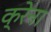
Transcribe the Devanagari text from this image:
क्रेना